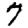
Digit: 7